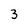
Character: 3